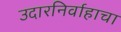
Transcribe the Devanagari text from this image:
उदारनिर्वाहाचा